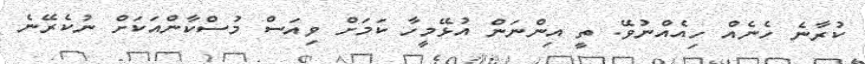
ކުރާނެ ހެނެއް ހިއެއްނުވޭ. ތީ އިންނަން އުޅޭމީހާ ކަމަށް ވިއަސް މުސްކާންއަކަށް ނުކެރޭނެ